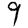
Digit: 9